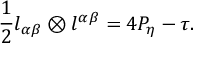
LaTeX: \frac { 1 } { 2 } l _ { \alpha \beta } \otimes l ^ { \alpha \beta } = 4 P _ { \eta } - \tau .